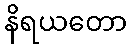
နိရယတော